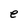
Character: e